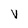
Character: V